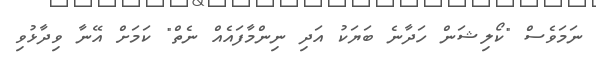
ނަމަވެސް "ކޯލިޝަން ހަދާނެ ބަޔަކު އަދި ނިންމާފައެއް ނެތް" ކަމަށް އޭނާ ވިދާޅުވި